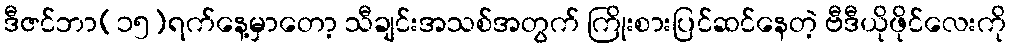
ဒီဇင်ဘာ(၁၅)ရက်နေ့မှာတော့ သီချင်းအသစ်အတွက် ကြိုးစားပြင်ဆင်နေတဲ့ ဗီဒီယိုဖိုင်လေးကို